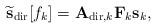
LaTeX: \begin{align*} { \widetilde{\bf s}}_{\textrm{dir}}[f_k]={\bf A}_{\textrm{dir},k}{\bf F}_k{\bf s}_k, \end{align*}